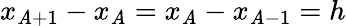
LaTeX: x_{\mathit{A}+1}-x_{\mathit{A}}=x_{\mathit{A}}-x_{\mathit{A}-1}=h